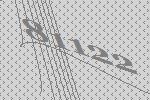
81122